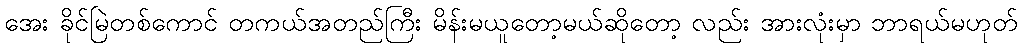
အေး ခိုင်မြဲတစ်ကောင် တကယ်အတည်ကြီး မိန်းမယူတော့မယ်ဆိုတော့ လည်း အားလုံးမှာ ဘာရယ်မဟုတ်